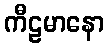
ကီဠမာနော